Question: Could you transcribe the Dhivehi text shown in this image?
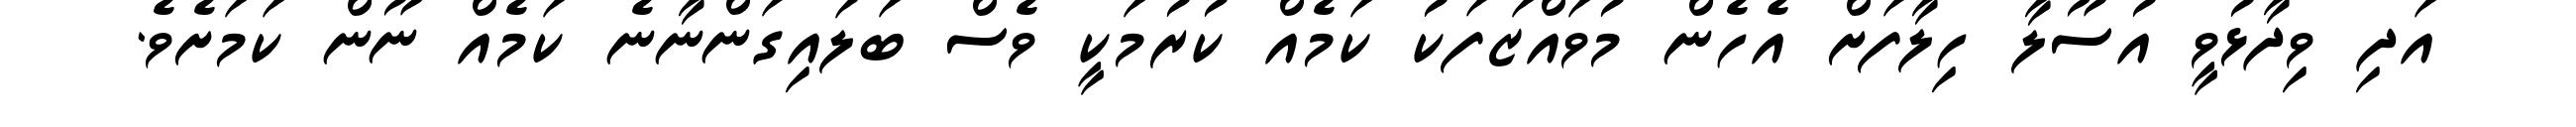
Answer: އަދި ވިދާޅުވީ އުސޫލާ ހިލާފަށް އެހެން މުވައްޒަފަކު ކަމެއް ކުރުމަކީ ވެސް ބަލައިގަންނާނެ ކަމެއް ނޫން ކަމަށެވެ.